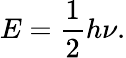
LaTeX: {E}={\frac{1}{2}}h\nu.